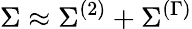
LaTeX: \Sigma\approx\Sigma^{(2)}+\Sigma^{(\Gamma)}